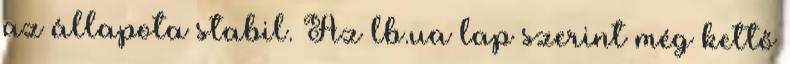
az állapota stabil. Az lb.ua lap szerint még kettő